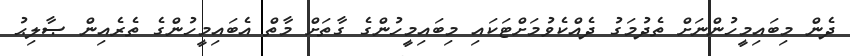
ދެން މިބައިމީހުންނަށް ތެދުމަގު ދެއްކެވުމަށްޓަކައި މިބައިމީހުންގެ ގާތަށް މާތް އެބައިމީހުންގެ ތެރެއިން ޞާލިޙު